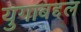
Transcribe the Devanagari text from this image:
युगाबद्दल